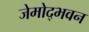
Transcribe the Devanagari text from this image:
जेमोद्भवन